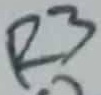
Text: R3